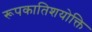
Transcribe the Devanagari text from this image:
रूपकातिशयोक्ति